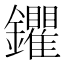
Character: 鑺